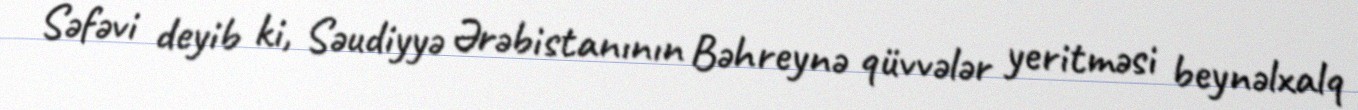
Səfəvi deyib ki, Səudiyyə Ərəbistanının Bəhreynə qüvvələr yeritməsi beynəlxalq